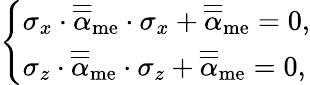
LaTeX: \left\{ \begin{array}{ll}{\sigma_{x}\cdot\overline{{\overline{{\mathbf{\alpha}}}}}_{\mathrm{me}}\cdot\sigma_{x}+\overline{{\overline{{\mathbf{\alpha}}}}}_{\mathrm{me}}=0,}\\ {\sigma_{z}\cdot\overline{{\overline{{\mathbf{\alpha}}}}}_{\mathrm{me}}\cdot\sigma_{z}+\overline{{\overline{{\mathbf{\alpha}}}}}_{\mathrm{me}}=0,}\end{array}\right.